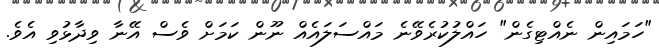
"ހަމައިން ނެއްޓިގެން" ހައްލުކުރެވޭނެ މައްސަލައެއް ނޫން ކަމަށް ވެސް އޭނާ ވިދާޅުވި އެވެ.